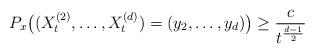
LaTeX: \begin{align*} P_x\bigl((X_t^{(2)},\dotsc,X_t^{(d)})=(y_2,\dotsc,y_d)\bigr)\geq\frac{c}{t^{\frac{d-1}{2}}} \end{align*}